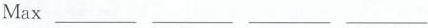
Max ___ ___ ___ ___